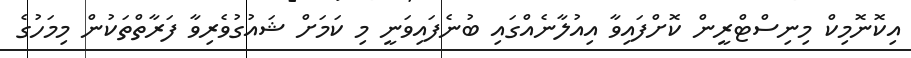
އިކޮނޮމިކް މިނިސްޓްރީން ކޮށްފައިވާ އިއުލާނެއްގައި ބުނެފައިވަނީ މި ކަމަށް ޝައުގުވެރިވާ ފަރާތްތަކުން މިމަހުގެ